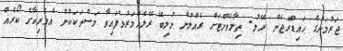
ޖަރުމަނުގެ ހައިޑްރޮޖެން ރޭލު- ތިމާވެށްޓަށް ގެއްލުން ނުލިބޭ ރޭލެއްމަރުވެފައިވާ މަސްތަކަކުން އެމެރިކާގެ ކޯރެއް